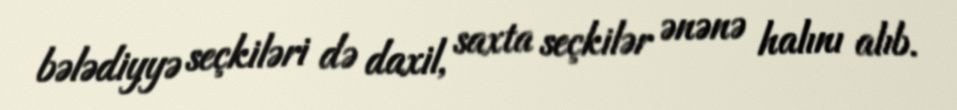
bələdiyyə seçkiləri də daxil, saxta seçkilər ənənə halını alıb.